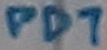
Text: PD7